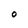
Character: O